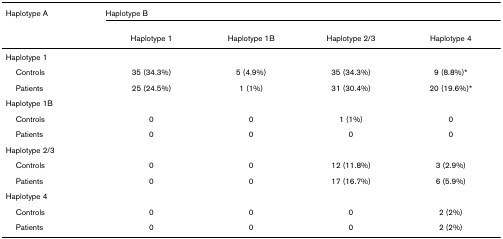
| Haplotype A | <COLSPAN=4> Haplotype B |
 |  | Haplotype 1 | Haplotype 1B | Haplotype 2/3 | Haplotype 4 |
 | --- | --- | --- | --- | --- |
 | Haplotype 1 |  |  |  |  |
 | Controls | 35 (34.3%) | 5 (4.9%) | 35 (34.3%) | 9 (8.8%)* |
 | Patients | 25 (24.5%) | 1 (1%) | 31 (30.4%) | 20 (19.6%)* |
 | Haplotype 1B |  |  |  |  |
 | Controls | 0 | 0 | 1 (1%) | 0 |
 | Patients | 0 | 0 | 0 | 0 |
 | Haplotype 2/3 |  |  |  |  |
 | Controls | 0 | 0 | 12 (11.8%) | 3 (2.9%) |
 | Patients | 0 | 0 | 17 (16.7%) | 6 (5.9%) |
 | Haplotype 4 |  |  |  |  |
 | Controls | 0 | 0 | 0 | 2 (2%) |
 | Patients | 0 | 0 | 0 | 2 (2%) |